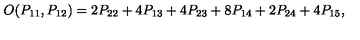
O ( P _ { 1 1 } , P _ { 1 2 } ) = 2 P _ { 2 2 } + 4 P _ { 1 3 } + 4 P _ { 2 3 } + 8 P _ { 1 4 } + 2 P _ { 2 4 } + 4 P _ { 1 5 } ,